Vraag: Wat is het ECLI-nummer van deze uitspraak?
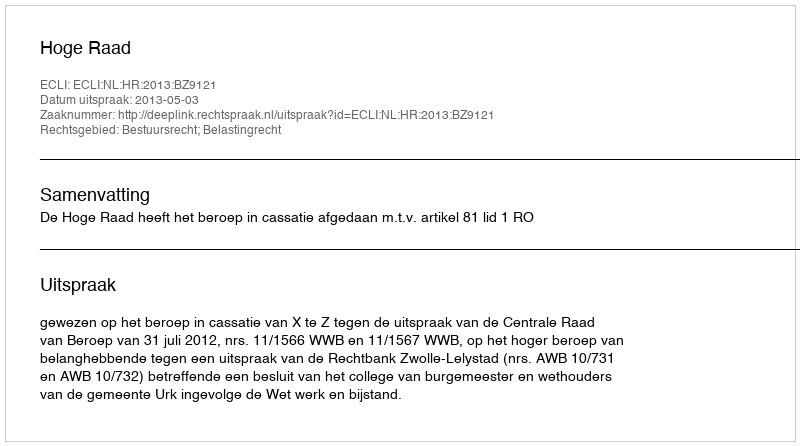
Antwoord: ECLI:NL:HR:2013:BZ9121